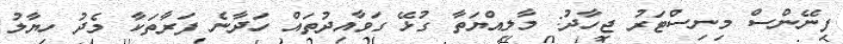
ފިނޭންސް މިނިސްޓަރު ޖިހާދު: މާލިއްޔަތާ ގުޅޭ ގަވާއިދުތައް ހަދާނެ ފަރާތަކާ މެދު ހިޔާލު